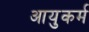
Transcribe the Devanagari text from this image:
आयुकर्म